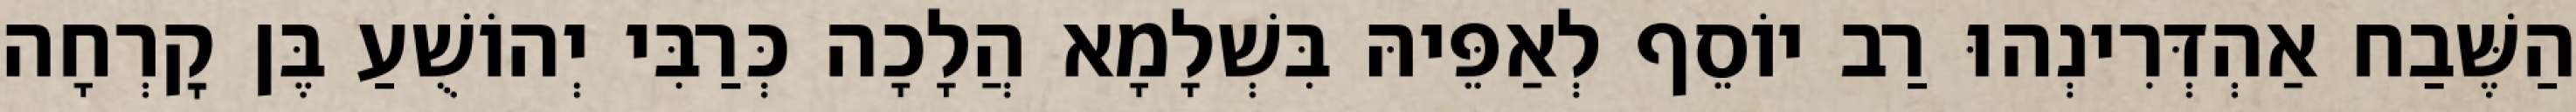
הַשֶּׁבַח אַהְדְּרִינְהוּ רַב יוֹסֵף לְאַפֵּיהּ בִּשְׁלָמָא הֲלָכָה כְּרַבִּי יְהוֹשֻׁעַ בֶּן קׇרְחָה